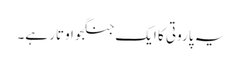
یہ پاروتی کا ایک جنگجو اوتار ہے۔